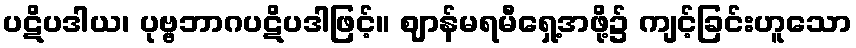
ပဋိပဒါယ၊ ပုဗ္ဗဘာဂပဋိပဒါဖြင့်။ ဈာန်မရမီရှေ့အဖို့၌ ကျင့်ခြင်းဟူသော